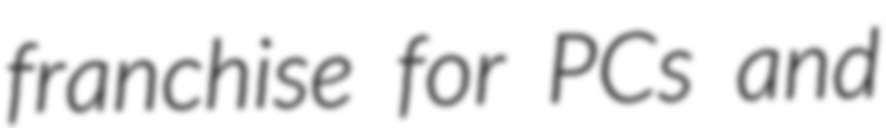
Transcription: franchise for PCs and